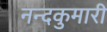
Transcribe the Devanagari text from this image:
नन्दकुमारी